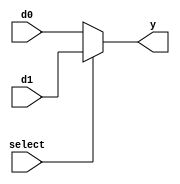
module mux_2_1_5bit(d0,  d1, select, y);
    input [4:0] d0, d1;
    input select;
    output [4:0] y;

    // always @(select) 
    // begin
    //   if (select) 
    //     y <= d1;
    //   else
    //     y <= d0;
    // end
    assign y = (select) ? d1 : d0;

endmodule